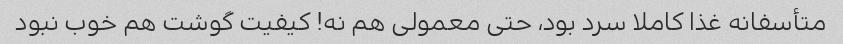
متأسفانه غذا کاملا سرد بود، حتی معمولی هم نه! کیفیت گوشت هم خوب نبود